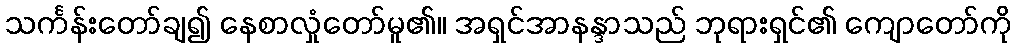
သင်္ကန်းတော်ချ၍ နေစာလှုံတော်မူ၏။ အရှင်အာနန္ဒာသည် ဘုရားရှင်၏ ကျောတော်ကို